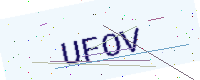
Text: UFOV